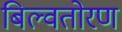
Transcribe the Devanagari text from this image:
बिल्वतोरण